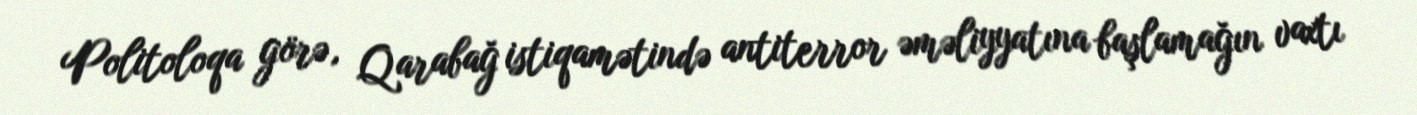
Politoloqa görə, Qarabağ istiqamətində antiterror əməliyyatına başlamağın vaxtı